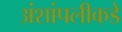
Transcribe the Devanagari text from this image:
अंशांपलीकडे